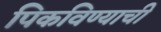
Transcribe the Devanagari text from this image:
पिकविण्याची